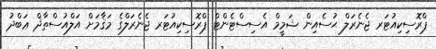
ޕްރޮސިކިއުޓަރ ޖެނެރަލް ޙުސެއިން ޝަމީމް އެސިސްޓެންޓް ޕްރޮސިކިއުޓަރ ޖެނެރަލްގެ މަޤާމަށް އަލްއުސްތާޛް ޢަބްދު